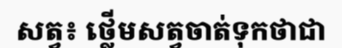
សត្វ៖ ថ្លើមសត្វចាត់ទុកថាជា